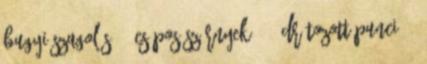
Bugyi Szagolás 62 Csápos Szörnyek 257 Drótozott Punci 61